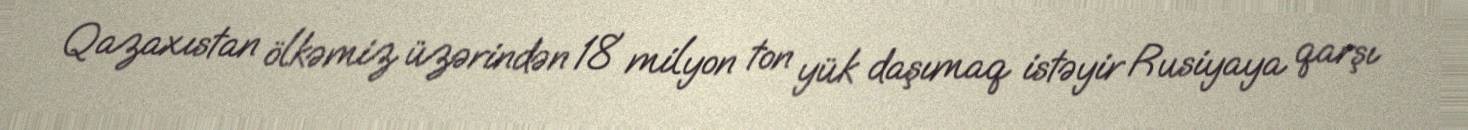
Qazaxıstan ölkəmiz üzərindən 18 milyon ton yük daşımaq istəyir Rusiyaya qarşı